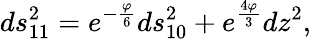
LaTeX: ds_{11}^{2}=e^{-\frac{\varphi}{6}}ds_{10}^{2}+e^{\frac{4\varphi}{3}}dz^{2},